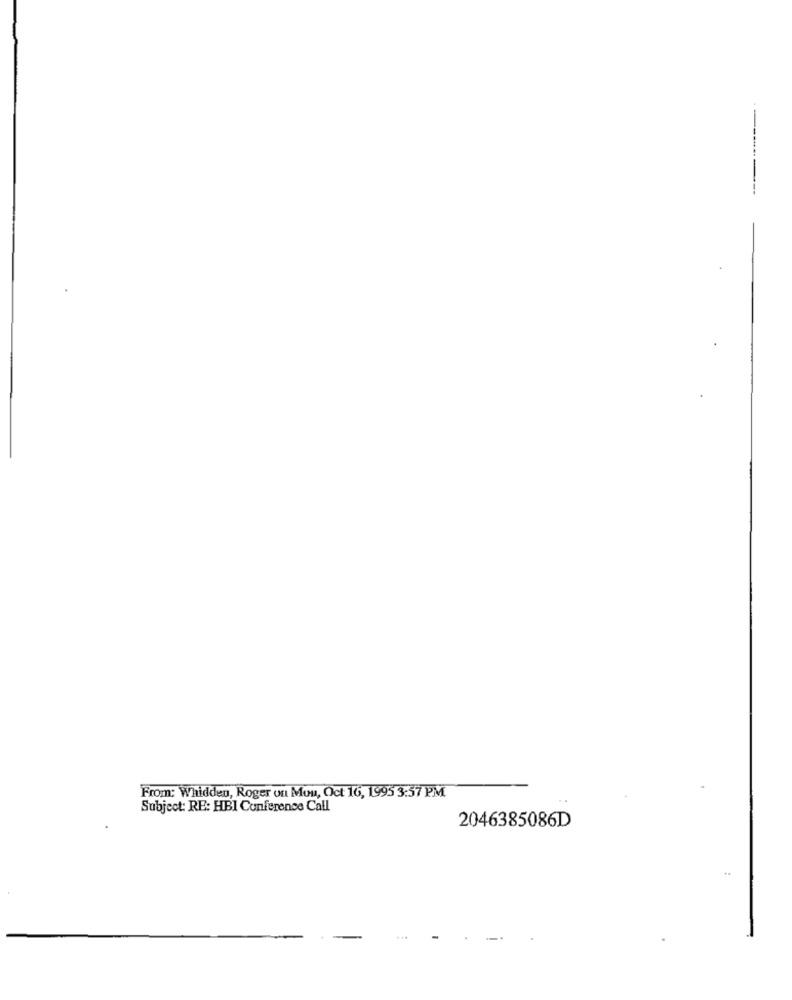
From: Whidden, Roger ont Mou, Oct 16, 1995 3:57 PM
Subject: RE: HBI Conference Call
2046385086D
...